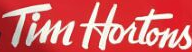
Tim Hoitons